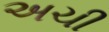
અચી